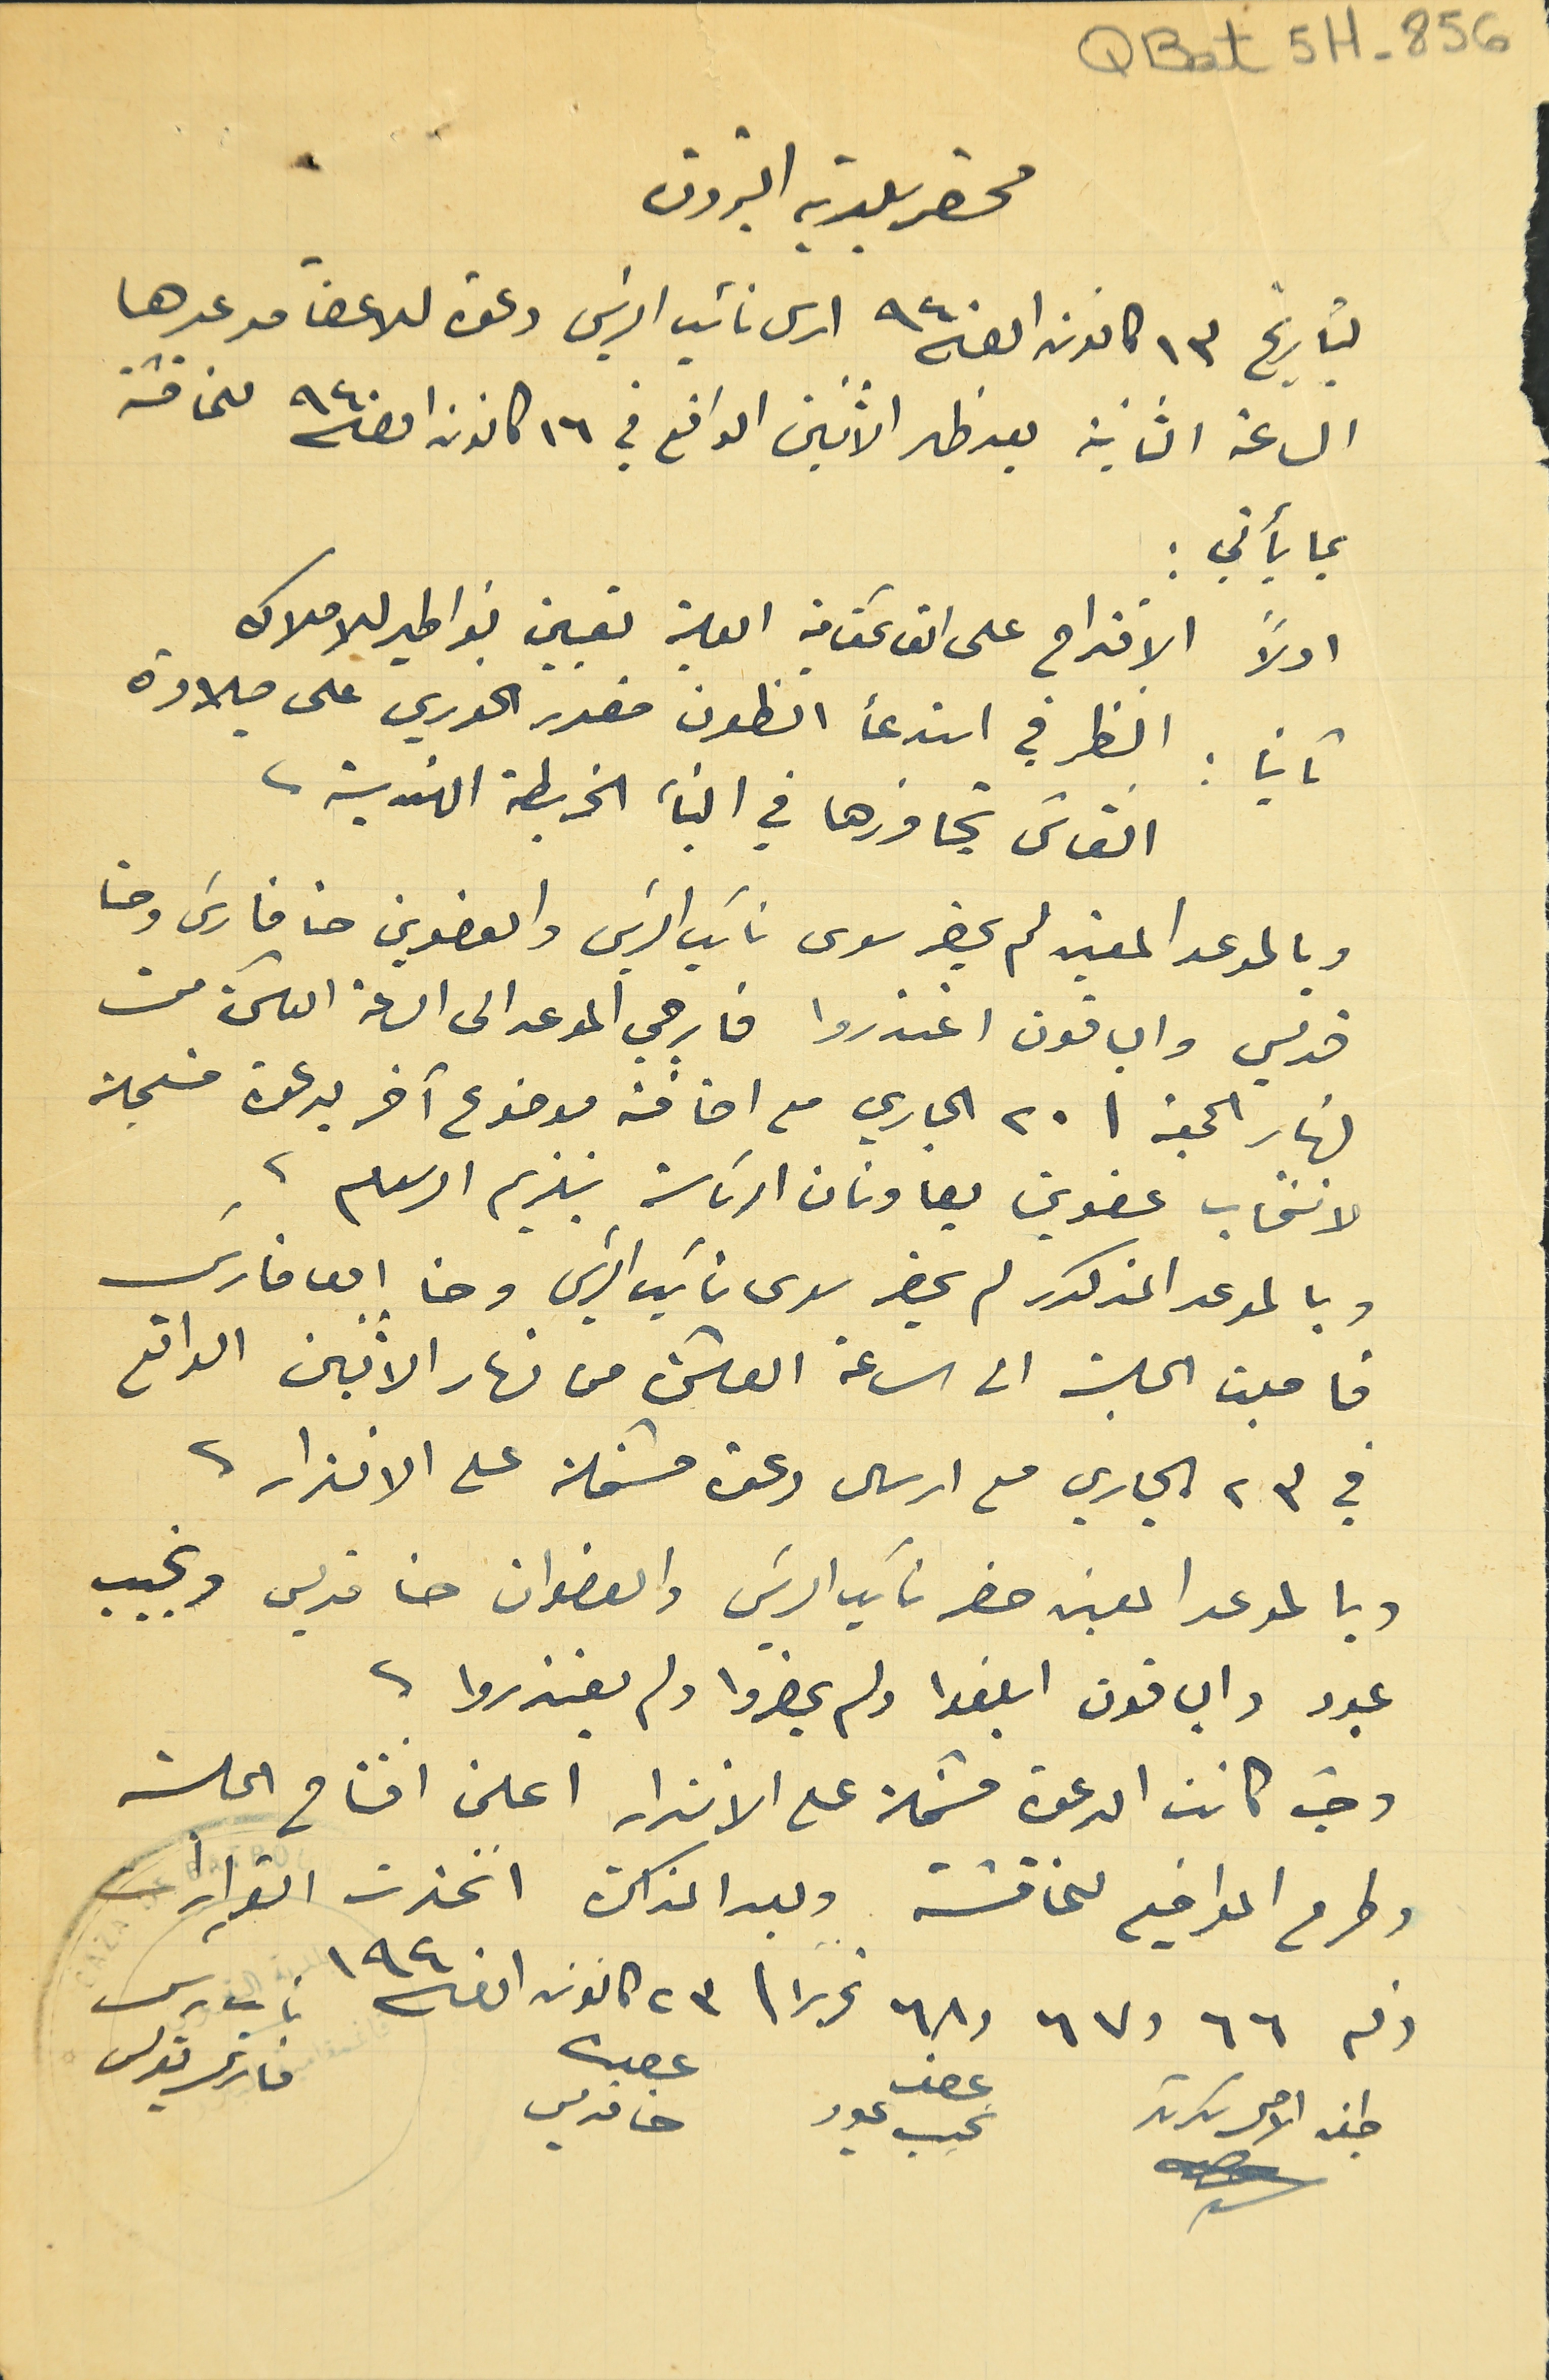
QBat 5H-856
محضر بلدية البترون
بتاريخ ١٣ كانون اول سنة ٩٤٠ ارسل الرئيس دعوة للاعضآ موعدها
الساعة الثانية بعد ظهر الاثنين الواقع في ١٦ كانون اول سنة ٩٤٠ للمناقشة
بما يأتي :
اولاً الاقتراح على القائمقامية العلية تعيين نواطير للاملاك
ثانياً : النظر في استدعأ انطون منصور الخوري على ميلادة
القائل تجاوزها في البناء الخريطة الهندسية.
وبالموعد المعين لم يحضر سوى نائب الريسَ والعضوين حنا فارسَ وحنا
قديس والباقون اعتذروا فارجي الموعد الى  الساعة العاشرة من
نهار الجمعة فى ٢٠ الجاري مع اضافة موضوع آخر بدعوة مسجلة
لانتخاب عضوين يعاونان الرئاسة بتلزيم الرسوم.
وبالموعد المذكور لم يحضر سوى نائب الرئيس وحنا ابو فارسَ
فأجلت الجلسة الى الساعة العاشرة من نهار الاثنين الواقع
في ٢٣ الجاري مع ارسال دعوة مشتملة على الانذار.
وبالموعد المعين حضر نائب الريسَ والعضوان حنا قديس ونجيب
عبود والباقون ابلغوا ولم يحضروا ولم يعتذروا.
وحيث كانت الدعوة مشتملة على الانذار اعلن افتتاح الجلسة
وطرح المواضيع لمناقشة وبعد المذاكرة اتخذت القرارات
رقم ٦٦ و٦٧ و٦٨ تحريرا فى ٢٣ كانون اول سنة ١٩٤٠
لجنة الاصل سكرتر
عضو نجيب عبود
عضو حنا قديس
نائب ريس فارس بولس